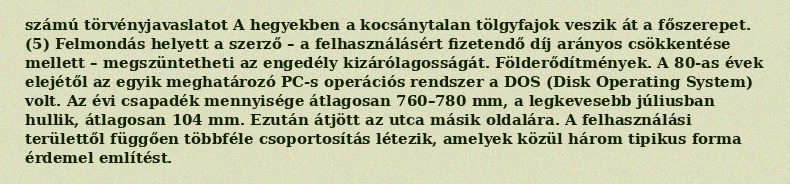
számú törvényjavaslatot A hegyekben a kocsánytalan tölgyfajok veszik át a főszerepet. (5) Felmondás helyett a szerző – a felhasználásért fizetendő díj arányos csökkentése mellett – megszüntetheti az engedély kizárólagosságát. Földerődítmények. A 80-as évek elejétől az egyik meghatározó PC-s operációs rendszer a DOS (Disk Operating System) volt. Az évi csapadék mennyisége átlagosan 760–780 mm, a legkevesebb júliusban hullik, átlagosan 104 mm. Ezután átjött az utca másik oldalára. A felhasználási területtől függően többféle csoportosítás létezik, amelyek közül három tipikus forma érdemel említést.